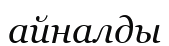
айналды